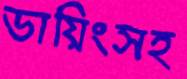
ডায়িংসহ